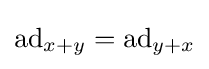
\operatorname {ad} _{x+y}=\operatorname {ad} _{y+x}